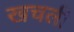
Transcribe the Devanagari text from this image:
खचली